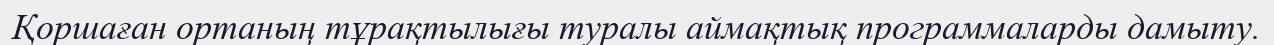
Қоршаған ортаның тұрақтылығы туралы аймақтық программаларды дамыту.